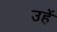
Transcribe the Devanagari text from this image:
उहें